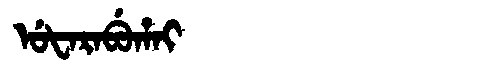
Manchu: ᡠᡶᠠᡵᠠᠪᡠᡥᠠᡳ
Romanization: UFARABUHAI